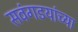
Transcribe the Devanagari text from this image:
सवंगडयांच्या